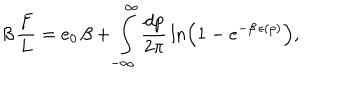
\beta \, { \frac { F } { L } } = e _ { 0 } \, \beta + \int _ { - \infty } ^ { \infty } { \frac { d p } { 2 \pi } } \ln \left( 1 - e ^ { - \beta \, \epsilon ( p ) } \right) ,